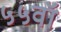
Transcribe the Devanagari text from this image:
५५वॉ